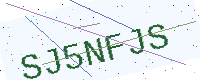
Text: SJ5NFJS